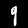
Label: 9